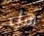
هل